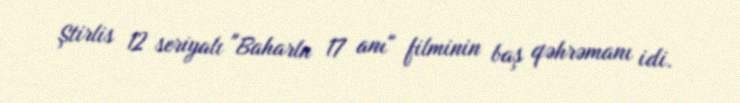
Ştirlis 12 seriyalı "Baharln 17 anı" filminin baş qəhrəmanı idi.